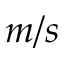
m / s